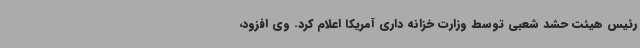
رئیس هیئت حشد شعبی توسط وزارت خزانه داری آمریکا اعلام کرد. وی افزود،